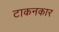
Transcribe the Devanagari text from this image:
टाकनकार